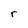
Character: r